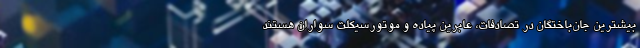
بیشترین جان‌باختگان در تصادفات، عابرین پیاده و موتورسیکلت سواران هستند